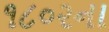
૧૮૦૨ના